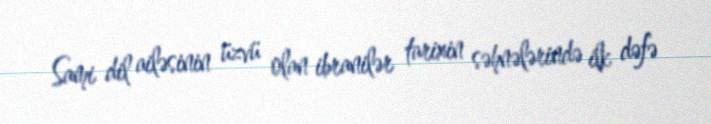
Sami dil ailəsinin üzvü olan ibranilər tarixin səhnələrində ilk dəfə